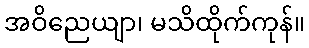
အဝိညေယျာ၊ မသိထိုက်ကုန်။